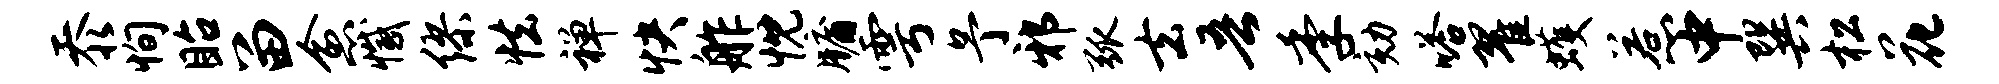
忝恂眙留愈撼缪怯禅快舴忱牖雩予邪弧去吾季劾嗒翟蠖惹中巽松花